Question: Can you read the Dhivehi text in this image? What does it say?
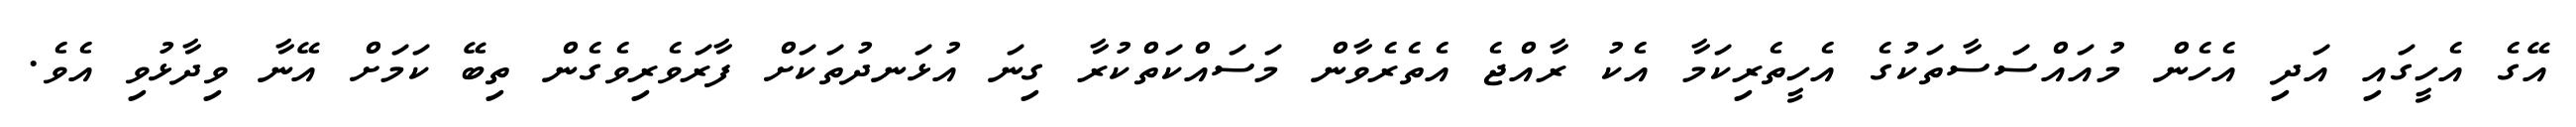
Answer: އޭގެ އެހީގައި އަދި އެހެން މުއައްސަސާތަކުގެ އެހީތެރިކަމާ އެކު ރާއްޖެ އެތެރެވާން މަސައްކަތްކުރާ ގިނަ އުޅަނދުތަކަށް ފާރަވެރިވެގެން ތިބޭ ކަމަށް އޭނާ ވިދާޅުވި އެވެ.